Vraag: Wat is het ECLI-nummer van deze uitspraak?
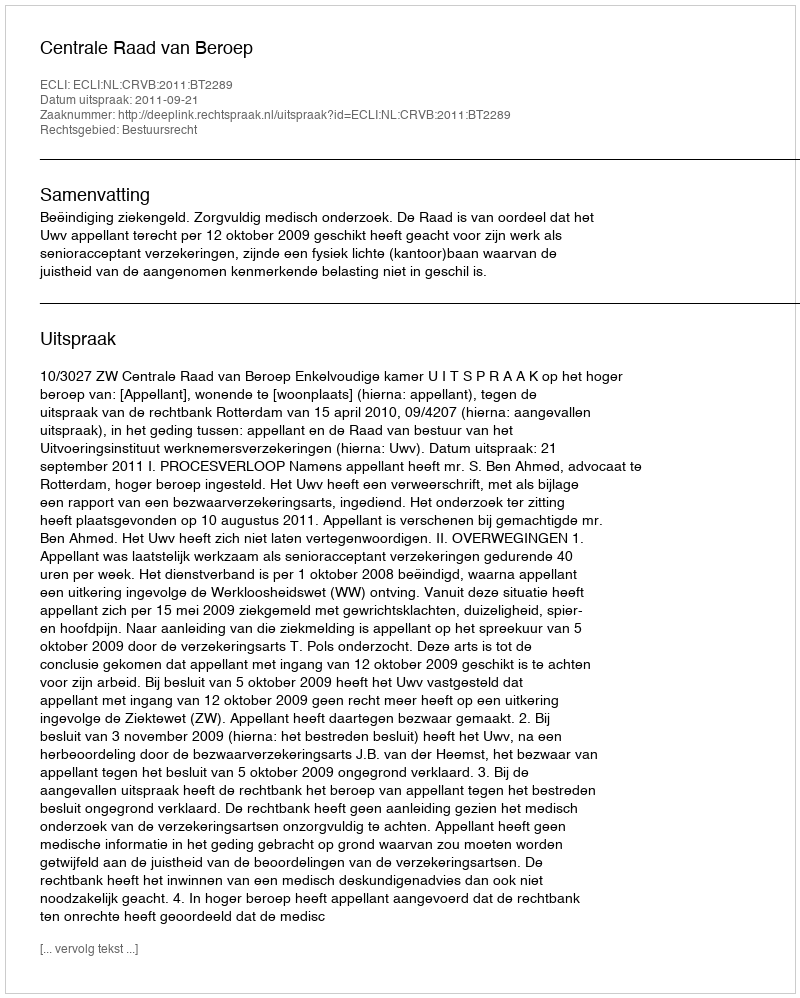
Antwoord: ECLI:NL:CRVB:2011:BT2289